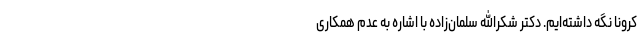
کرونا نگه داشته‌ایم. دکتر شکرالله سلمان‌زاده با اشاره به عدم همکاری